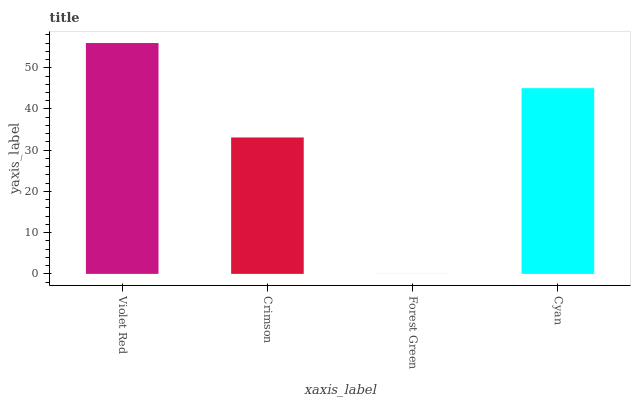
| xaxis_label | bars |
 | --- | --- |
 | Violet Red | 56 |
 | Crimson | 33.1 |
 | Forest Green | 0.0145 |
 | Cyan | 45 |